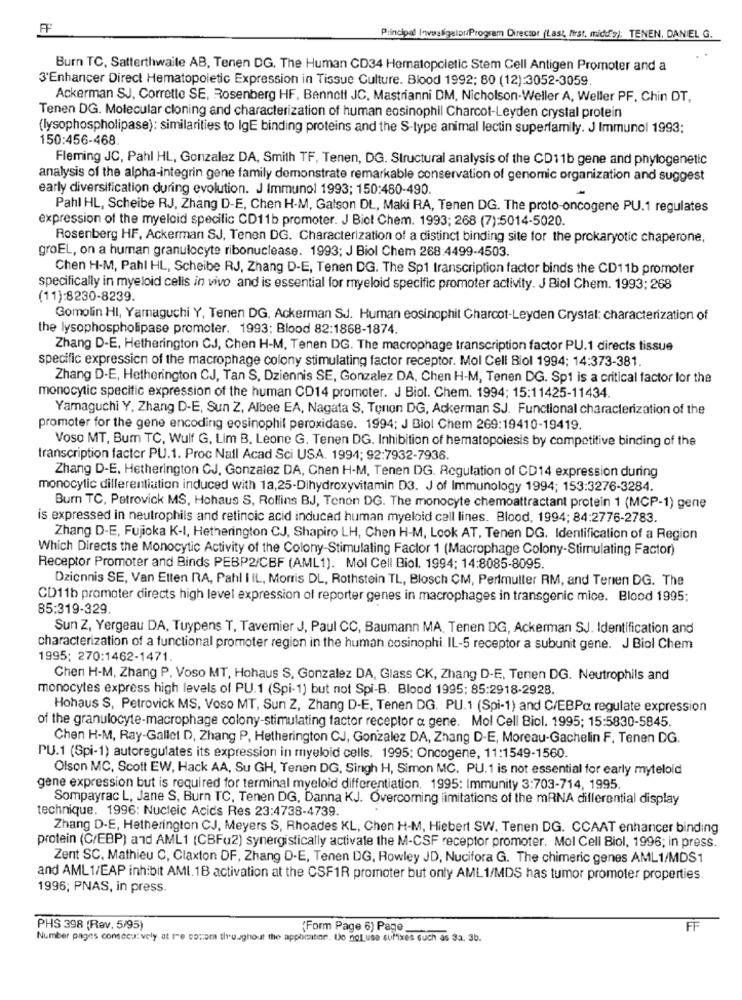
Principal Investigator/Program Director (Last, first, midd's); TENEN, DANIEL G.
Burn TC, Satterthwaile AB, Tenen DG. The Human CD34 Hematopcietic Stem Cell Antigen Promoter and a
3'Enhancer Direct Hematopoietic Expression in Tissue Culture. Blood 1992; 80 (12):3052-3059
Ackerman SJ, Corrette SE, Rosenberg HF. Bennett JC, Mastrianni DM, Nicholson-Weller A, Weller PF, Chin DT,
Tenen DG. Molecular cloning and characterization of human eosinophil Charcot-Leyden crystal protein
(lysophospholipase): similarities to IgE binding proteins and the S-type animal lectin superfamily. J Immunol 1993;
150:456-468.
Fleming JC, Pahl HL, Gonzalez DA, Smith TF, Tenen, DG. Structural analysis of the CD11b gene and phylogenetic
analysis of the alpha-integrin gene family demonstrate remarkable conservation of genomic organization and suggest
early diversification during evolution. J Immunol 1993; 150:480-490.
Pahl HL, Scheibe RJ, Zhang D-E, Chen H-M, Galson DL, Maki RA, Tenen DG. The proto-oncogene PU.1 regulates
expression of the myeloid specific CD11b promoter. J Biot Chem. 1993; 268 (7):5014-5020.
Rosenberg HF, Ackerman SJ, Tenen DG. Characterization of a distinct binding site for the prokaryotic chaperone,
groEL, on a human granulocyte ribonuclease. 1993; J Biol Chem 268:4499-4503.
Chen H-M, Pahl HL, Scheibe RJ, Zhang D-E, Tenen DG. The Sp1 transcription factor binds the CD11b promoter
specifically in myeloid celis in vivo and is essential for myeloid specific promoter activity. J Biol Chem. 1993: 268
(11):8230-8239.
Gomolin HI, Yamaguchi Y, Tenen DG, Ackerman SJ. Human eosinophit Charcot-Leyden Crystal: characterization of
the lysophospholipase promoter. 1993: Blood 82:1868-1874.
Zhang D-E, Hetherington CJ, Chen H-M, Tenen DG. The macrophage transcription factor PU.1 directs tissue
specific expression of the macrophage colony stimulating factor receptor. Mol Cell Biol 1994; 14:373-381
Zhang D-E, Hetherington CJ, Tan S, Dziennis SE, Gonzalez DA, Chen H-M, Tenen DG. Sp1 is a critical factor for the
monocytic specific expression of the human CD14 promoter. J Biot. Chem. 1994; 15:11425-11434.
Yamaguchi Y. Zhang D-E, Sun Z, Albee EA, Nagata S, Tonon DG, Ackerman SJ. Functional characterization of the
promoter for the gene encoding eosinophil peroxidase. 1994; J Biol Chem 269:19410-19419.
Voso MT, Bum TC, Wulf G. Lim B. Leone G. Tenen DG. Inhibition of hematopoiesis by competitive binding of the
transcription factor PU.1. Proc Nall Acad Sci USA. 1994; 92:7932-7936.
Zhang D-E. Hetherington CJ, Gonzalez DA, Chen H-M. Tenen DG. Regulation of CD14 expression during
monocylic dillerentiation induced with 13,25-Dihydroxyvitamin D3. J of Immunology 1994; 153:3276-3284.
Burn TC, Petrovick MS, Hohaus S, Rollins BJ, Tenon DG. The monocyte chemoattractant protein 1 (MCP-1) gene
is expressed in neutrophils and retinoic acid induced human myeloid cell lines. Blood, 1994; 84:2776-2783.
Zhang D-E, Fujioka K-I, Hetherington CJ, Shapiro LH, Chen H-M, Look AT, Tenen DG. Identification of a Region
Which Directs the Monocytic Activity of the Colony-Stimulating Factor 1 (Macrophage Colony-Stimulating Factor)
Receptor Promoter and Binds PEBP2/CBF (AML1). Mol Cell Biol. 1994: 14:8085-8095.
Dzicnnis SE, Van Etten RA, Pahl I IL, Morris DL, Rothstein TL, Blosch CM, Perimuller RM, and Teren DG. The
CD11b promoter directs high level expression of reporter genes in macrophages in transgenic mice. Blood 1995;
85:319-329.
Sun Z, Yergeau DA, Tuypens T, Tavemier J, Paul CC, Baumann MA. Tenen DG, Ackerman SJ. Identification and
characterization of a functional promoter region in the human cosinophi. IL-5 receptor a subunit gene. J Biol Chem
1995; 270:1462-1471.
Chen H-M, Zhang P. Voso MT, Hohaus S, Gonzalez DA, Glass CK, Zhang D-E, Tenen DG. Neutrophils and
monocytes express high levels of PU.1 (Spi-1) but not Spi-B. Blood 1995; 85:2918-2928.
Hohaus S, Petrovick MS, Voso MT, Sun Z, Zhang D-E, Tenen DG. PU.1 (Spi-1) and C/EBPa regulate expression
of the granulocyte-macrophage colony-stimulating factor receptor a gene. Mol Cell Biol. 1995; 15:5830-5845.
Chen H-M, Ray-Gallet D, Zhang P, Hetherington CJ, Gonzalez DA, Zhang D-E, Moreau-Gachelin F. Tenen DG.
PU.1 (Spi-1) autoregulates its expression in myeloid cells. 1995: Oncogene, 11:1549-1560.
Olson MC, Scott EW, Hack AA, Su GH, Tenen DG, Singh H, Simon MC. PU.1 is not essential for early myteloid
gene expression but is required for terminal myeloid differentiation, 1995: Immunity 3:703-714, 1995.
Sompayrac L, Jane S, Burn TC, Tenen DG, Danna KJ. Overcoming limitations of the mRNA differential display
technique. 1996: Nucleic Acids Res 23:4738-4739.
Zhang D-E, Hetherington CJ, Meyers S, Rhoades KL, Chen H-M, Hiebert SW. Tenen DG. CCAAT enhancer binding
protein (C/EBP) and AML1 (CBFu2) synergistically activate the M-CSF receptor promoter. Mol Cell Biol, 1996; in press.
Zent SC. Mathieu C, Claxton DF, Zhang D-E, Tenen DG, Rowley JD, Nucifora G. The chimeric genes AML1/MDS1
and AML1/EAP inhibit AMI.1B activation at the CSF1R promoter but only AML1/MDS has tumor promoter properties.
1996; PNAS, in press.
PHS 398 (Rev. 5/95)
(Form Page 6) Page
FF
Number pages consecu: vely at tre socom throughout the apphistine. Do notuse suffixes such as 3a, 3b.